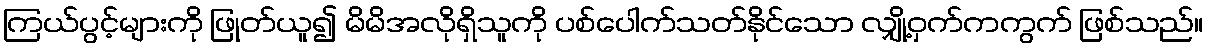
ကြယ်ပွင့်များကို ဖြုတ်ယူ၍ မိမိအလိုရှိသူကို ပစ်ပေါက်သတ်နိုင်သော လျှို့ဝှက်ကကွက် ဖြစ်သည်။